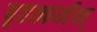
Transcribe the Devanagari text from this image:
बृहत्कर्मन्